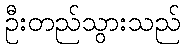
ဦးတည်သွားသည်